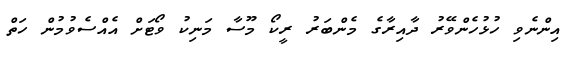
އިންނެވި ހުޅުހެންވޭރު ދާއިރާގެ މެންބަރު ރީކޯ މޫސާ މަނިކު ވޯޓަށް އެއްސެވުމުން ހަތް